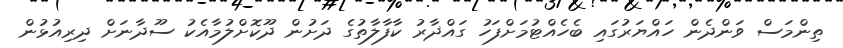
ތިންމަސް ވަންދެން ހައްޔަރުގައި ބެހެއްޓުމަށްފަހު ގައްޛާރު ކާފާލާތުގެ ދަށުން ދޫކޮށްލުމާއެކު ސޫދާނަށް ދިރިއުޅުން